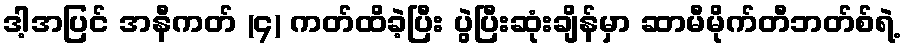
ဒါ့အပြင် အနီကတ် (၄) ကတ်ထိခဲ့ပြီး ပွဲပြီးဆုံးချိန်မှာ ဆာမီမိုက်တီဘတ်စ်ရဲ့